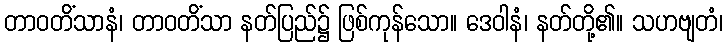
တာဝတိံသာနံ၊ တာဝတိံသာ နတ်ပြည်၌ ဖြစ်ကုန်သော။ ဒေဝါနံ၊ နတ်တို့၏။ သဟဗျတံ၊